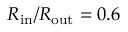
R _ { \mathrm { i n } } / R _ { \mathrm { o u t } } = 0 . 6